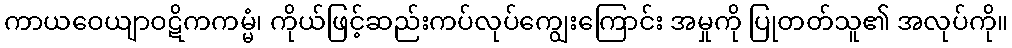
ကာယဝေယျာဝဋိကကမ္မံ၊ ကိုယ်ဖြင့်ဆည်းကပ်လုပ်ကျွေးကြောင်း အမှုကို ပြုတတ်သူ၏ အလုပ်ကို။